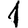
Digit: 1